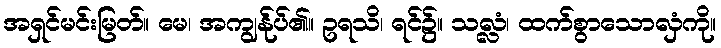
အရှင်မင်းမြတ်။ မေ၊ အကျွန်ုပ်၏။ ဥရသိ၊ ရင်၌။ သလ္လံ၊ ထက်စွာသောလှံကို။